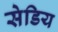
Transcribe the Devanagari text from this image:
सेडिय